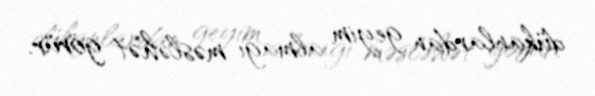
dükanlardan geyim almağı məsləhət görür.